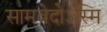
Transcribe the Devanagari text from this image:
सामवेदोऽस्मि